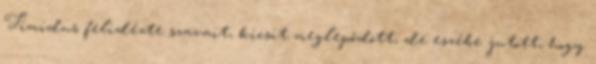
Timidus felidézte szavait, kicsit meglepődött, de eszébe jutott, hogy